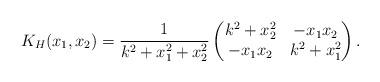
LaTeX: \begin{align*}K_H(x_1,x_2)=\frac{1}{k^2+x_1^2+x_2^2}\begin{pmatrix}k^2+x_2^2 & -x_1x_2 \\-x_1x_2 & k^2+x_1^2\end{pmatrix}.\end{align*}